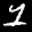
Label: 1